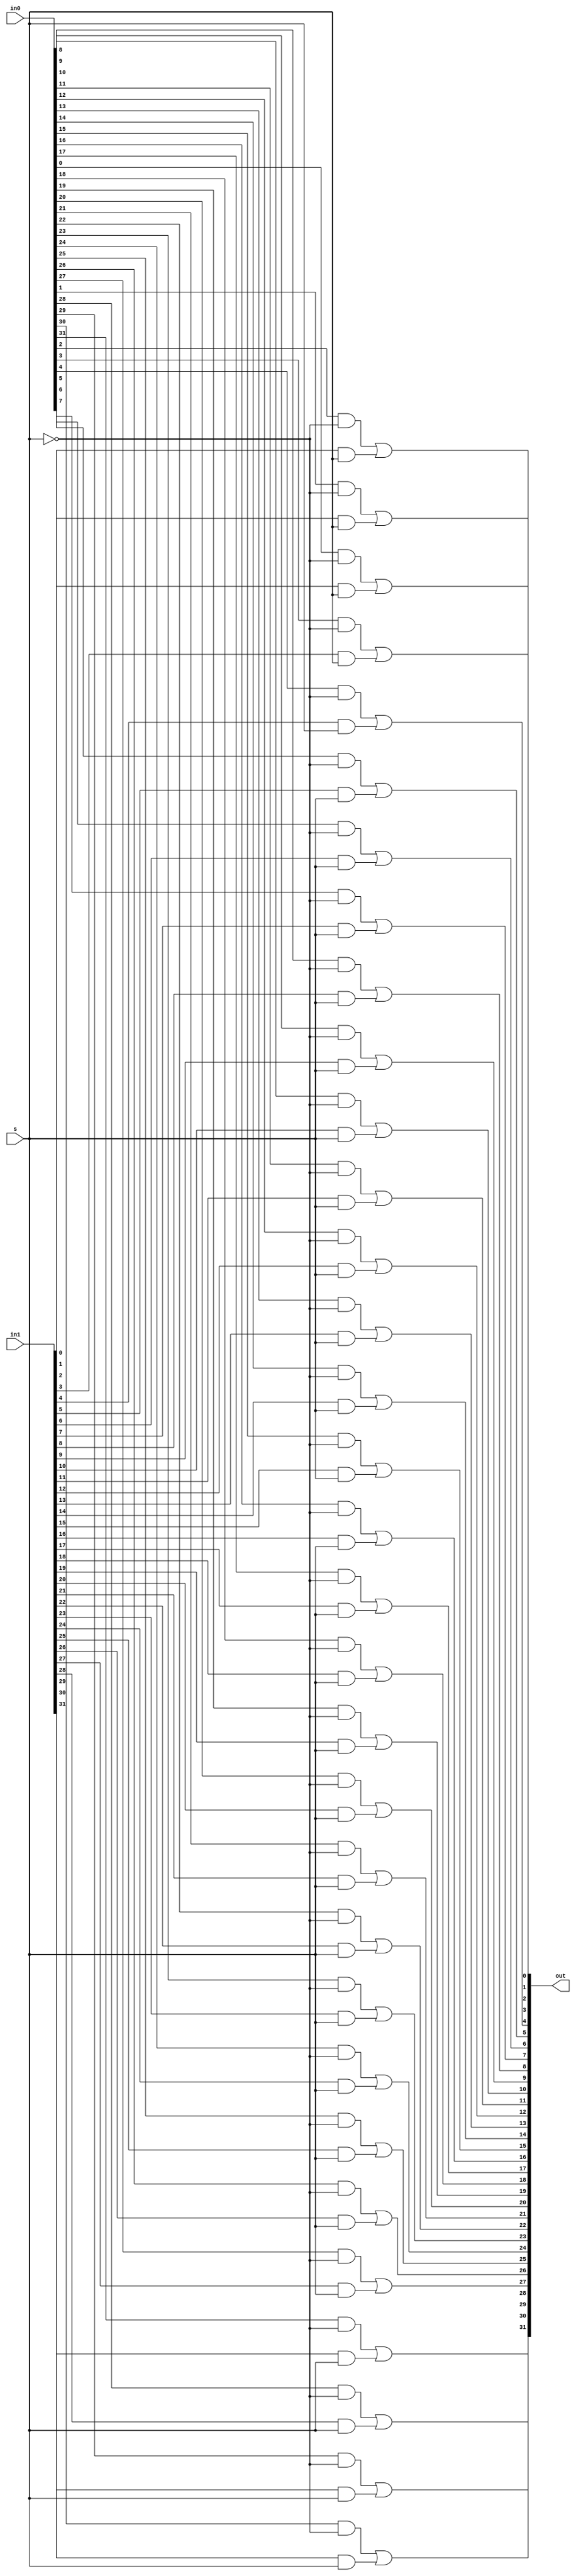
module mux_32bit(out, s, in0, in1);
	input[31:0] in0, in1;
	output[31:0] out;
	input s;
	
	wire snot;
	wire[31:0] w1,w2;
	
	not n1(snot,s);
		
		
	// First And Gate for 0th poistion
	genvar i;
	generate
		for(i=0; i<32; i = i+1) begin : andgate1
			and ai (w1[i],in0[i],snot);
		end
	endgenerate
	
	// Second And Gate for 1st poistion	
	genvar j;
	generate
		for(j=0; j<32; j = j+1) begin : andgate2
			and aj (w2[j],in1[j], s);
		end
	endgenerate
	
	
	//Final Or Gate
	genvar k;
	generate
		for(k=0; k<32; k = k+1) begin : orgate
			or ok (out[k],w1[k],w2[k]);
		end
	endgenerate 
	
endmodule